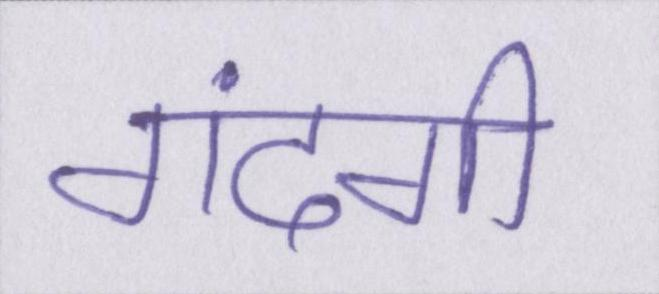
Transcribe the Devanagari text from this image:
गंदगी